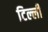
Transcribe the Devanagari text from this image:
टिल्ली